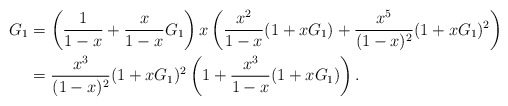
\begin{align*} G_1 &= \left( \frac{1}{1-x} + \frac{x}{1-x}G_1 \right) x \left( \frac{x^2}{1-x}(1+xG_1) + \frac{x^5}{(1-x)^2}(1+xG_1)^2\right) \\&=\frac{x^3}{(1-x)^2}(1+xG_1)^2 \left( 1+ \frac{x^3}{1-x}(1+xG_1)\right).\end{align*}